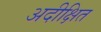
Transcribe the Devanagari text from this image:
अदीक्षित